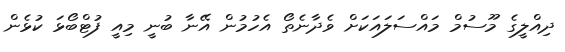
ދިއްލީގެ މޫސުމް މައްސަލައަކަށް ވެދާނެތޯ އެހުމުން އޭނާ ބުނީ މިއީ ފުޓްބޯޅަ ކުޅެން